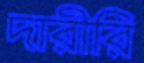
দারীরি